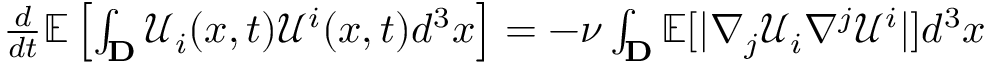
\begin{array} { r } { \frac { d } { d t } \mathbb { E } \left[ \int _ { \mathbf { D } } \mathcal { U } _ { i } ( x , t ) \mathcal { U } ^ { i } ( x , t ) d ^ { 3 } x \right] = - \nu \int _ { \mathbf { D } } \mathbb { E } [ | \nabla _ { j } \mathcal { U } _ { i } \nabla ^ { j } \mathcal { U } ^ { i } | ] d ^ { 3 } x } \end{array}